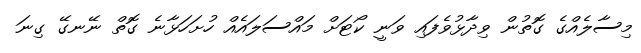
މިސާލެއްގެ ގޮތުން ވިދާޅުވެފައި ވަނީ ކޯޓަށް މައްސަލައެއް ހުށަހަޅާނެ ގޮތް ނޭނގޭ ގިނަ